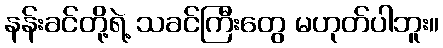
နန်းခင်တို့ရဲ့ သခင်ကြီးတွေ မဟုတ်ပါဘူး။